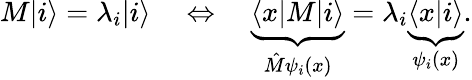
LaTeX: M|i\rangle=\lambda_{i}|i\rangle\quad\Leftrightarrow\quad\underbrace{\langle x|M|i\rangle}_{\hat{M}\psi_{i}(x)}=\lambda_{i}\underbrace{\langle x|i\rangle}_{\psi_{i}(x)}.